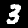
Digit: 3